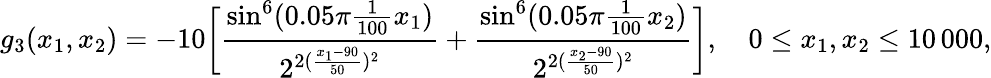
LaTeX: g_{3}(x_{1},x_{2})=-10\bigg[\frac{\sin^{6}(0.05\pi\frac{1}{100}x_{1})}{2^{2(\frac{x_{1}-90}{50})^{2}}}+\frac{\sin^{6}(0.05\pi\frac{1}{100}x_{2})}{2^{2(\frac{x_{2}-90}{50})^{2}}}\bigg],\quad 0\leq x_{1},x_{2}\leq 10\, 000,